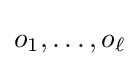
o_{1},\dots ,o_{\ell }